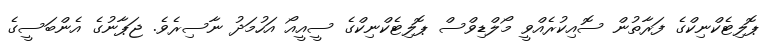
ޕޮލިޓެކްނިކްގެ ފަރާތުން ސޮއިކުރެއްވީ މޯލްޑިވްސް ޕޮލިޓެކްނިކްގެ ސީއީއޯ އަހުމަދު ނާސިރެވެ. ޖަޕާނުގެ އެންބަސީގެ